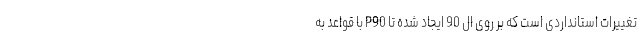
تغییرات استانداردی است که بر روی ال 90 ایجاد شده تا P90 با قواعد به